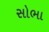
સોભા